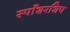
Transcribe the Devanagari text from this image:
स्पाँशरशिप